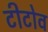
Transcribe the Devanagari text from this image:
टीटोव